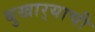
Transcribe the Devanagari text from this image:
बुखार्‍याची